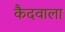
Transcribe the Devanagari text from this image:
कैदवाला